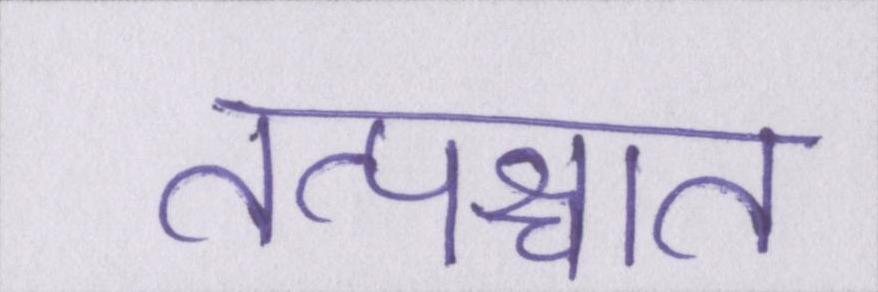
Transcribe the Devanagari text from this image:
तत्पश्चात